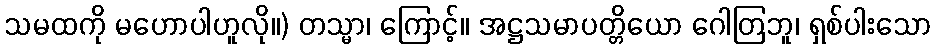
သမထကို မဟောပါဟူလို။) တသ္မာ၊ ကြောင့်။ အဋ္ဌသမာပတ္တိယော ဂေါတြဘူ၊ ရှစ်ပါးသော